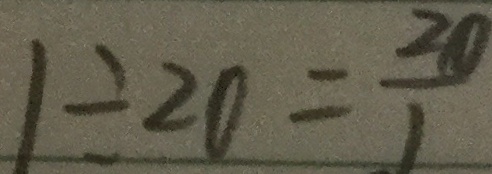
1 \div 2 0 = \frac { 2 0 } { 1 }